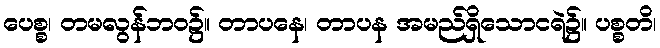
ပေစ္စ၊ တမလွန်ဘဝ၌။ တာပနေ၊ တာပန အမည်ရှိသောငရဲ၌။ ပစ္စတိ၊